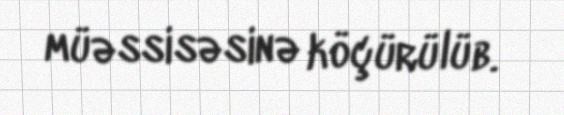
müəssisəsinə köçürülüb.